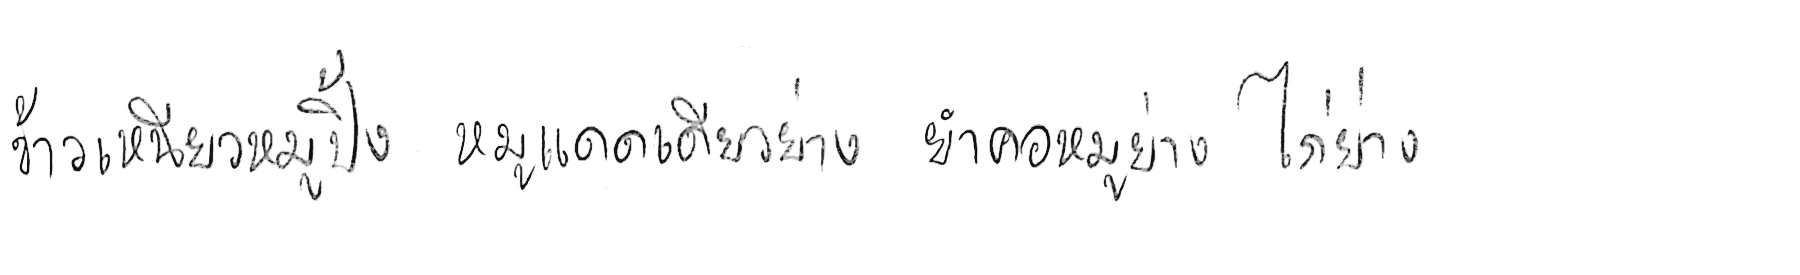
ข้าวเหนียวหมูปิ้ง หมูแดดเดียวย่าง ยำคอหมูย่าง ไก่ย่าง